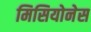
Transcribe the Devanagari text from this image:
मिसियोनेस